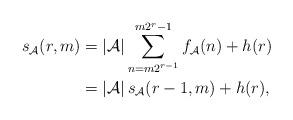
LaTeX: \begin{align*} s_{\mathcal{A}}(r,m)&=\left|\mathcal{A}\right|\sum_{n=m2^{r-1}}^{m2^r-1}f_{\mathcal{A}}(n)+h(r)\\&=\left|\mathcal{A}\right|s_{\mathcal{A}}(r-1,m)+h(r),\end{align*}